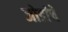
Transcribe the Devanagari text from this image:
जोडांचे